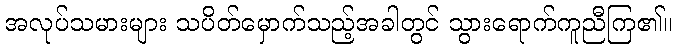
အလုပ်သမားများ သပိတ်မှောက်သည့်အခါတွင် သွားရောက်ကူညီကြ၏။